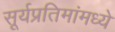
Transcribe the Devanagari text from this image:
सूर्यप्रतिमांमध्ये